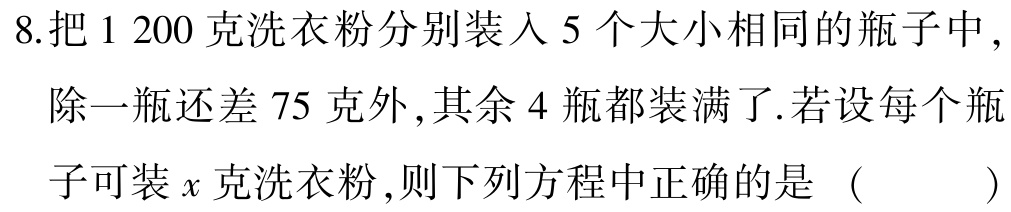
8.把1 200克洗衣粉分别装入5个大小相同的瓶子中，

除一瓶还差75克外，其余4瓶都装满了.若设每个瓶

子可装\(x\)克洗衣粉，则下列方程中正确的是 （  ）